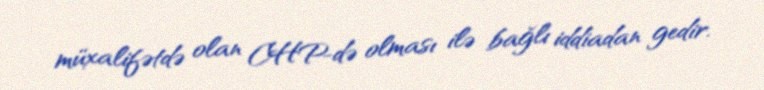
müxalifətdə olan CHP-də olması ilə bağlı iddiadan gedir.